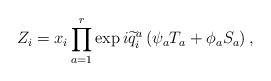
\begin{align*}Z_{i}=x_{i}\prod_{a=1}^{r}\exp i\widetilde{q}_{i}^{a}\left( \psi_{a}T_{a}+\phi _{a}S_{a}\right) , \end{align*}